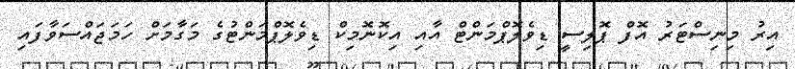
އިރު މިނިސްޓަރު އޮފް ޕޮލިސީ ޑިވެލޮޕްމަންޓް އާއި އިކޮނޮމިކް ޑިވެލޮޕްމަންޓުގެ މަގާމަށް ހަމަޖައްސަވާފައި